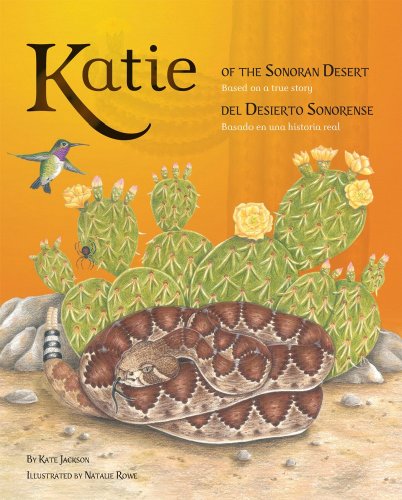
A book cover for Katie of the Sonoran Desert: Based on a True Story  (English and Spanish Edition); Kate Jackson; Travel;